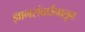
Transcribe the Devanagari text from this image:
ज्ञानसंवर्धनातून